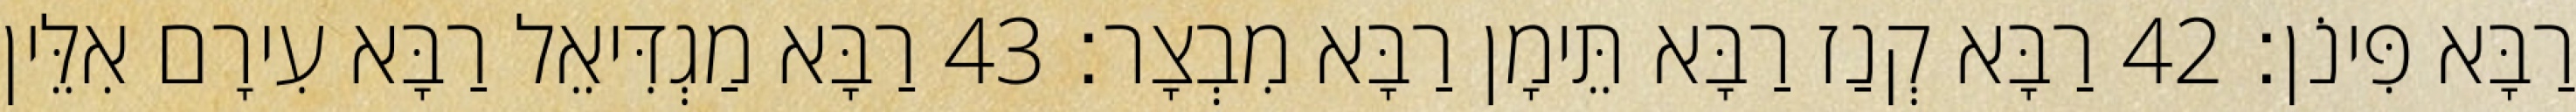
רַבָּא פִּינֹן׃ 42 רַבָּא קְנַז רַבָּא תֵּימָן רַבָּא מִבְצָר׃ 43 רַבָּא מַגְדִּיאֵל רַבָּא עִירָם אִלֵּין